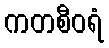
ကတစီဝရံ